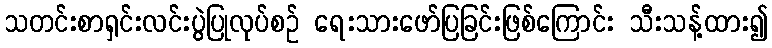
သတင်းစာရှင်းလင်းပွဲပြုလုပ်စဉ် ရေးသားဖော်ပြခြင်းဖြစ်ကြောင်း သီးသန့်ထား၍